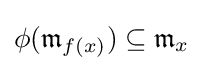
\phi ({\mathfrak {m}}_{f(x)})\subseteq {\mathfrak {m}}_{x}